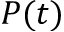
P ( t )